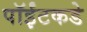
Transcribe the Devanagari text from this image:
पॉईंटकडे